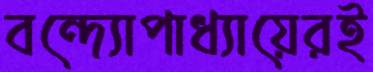
বন্দ্যোপাধ্যায়েরই